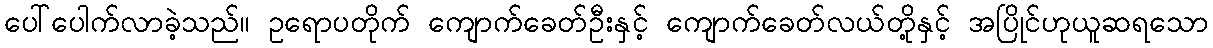
ပေါ်ပေါက်လာခဲ့သည်။ ဥရောပတိုက် ကျောက်ခေတ်ဦးနှင့် ကျောက်ခေတ်လယ်တို့နှင့် အပြိုင်ဟုယူဆရသော